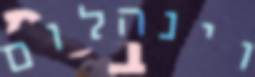
וינהלום